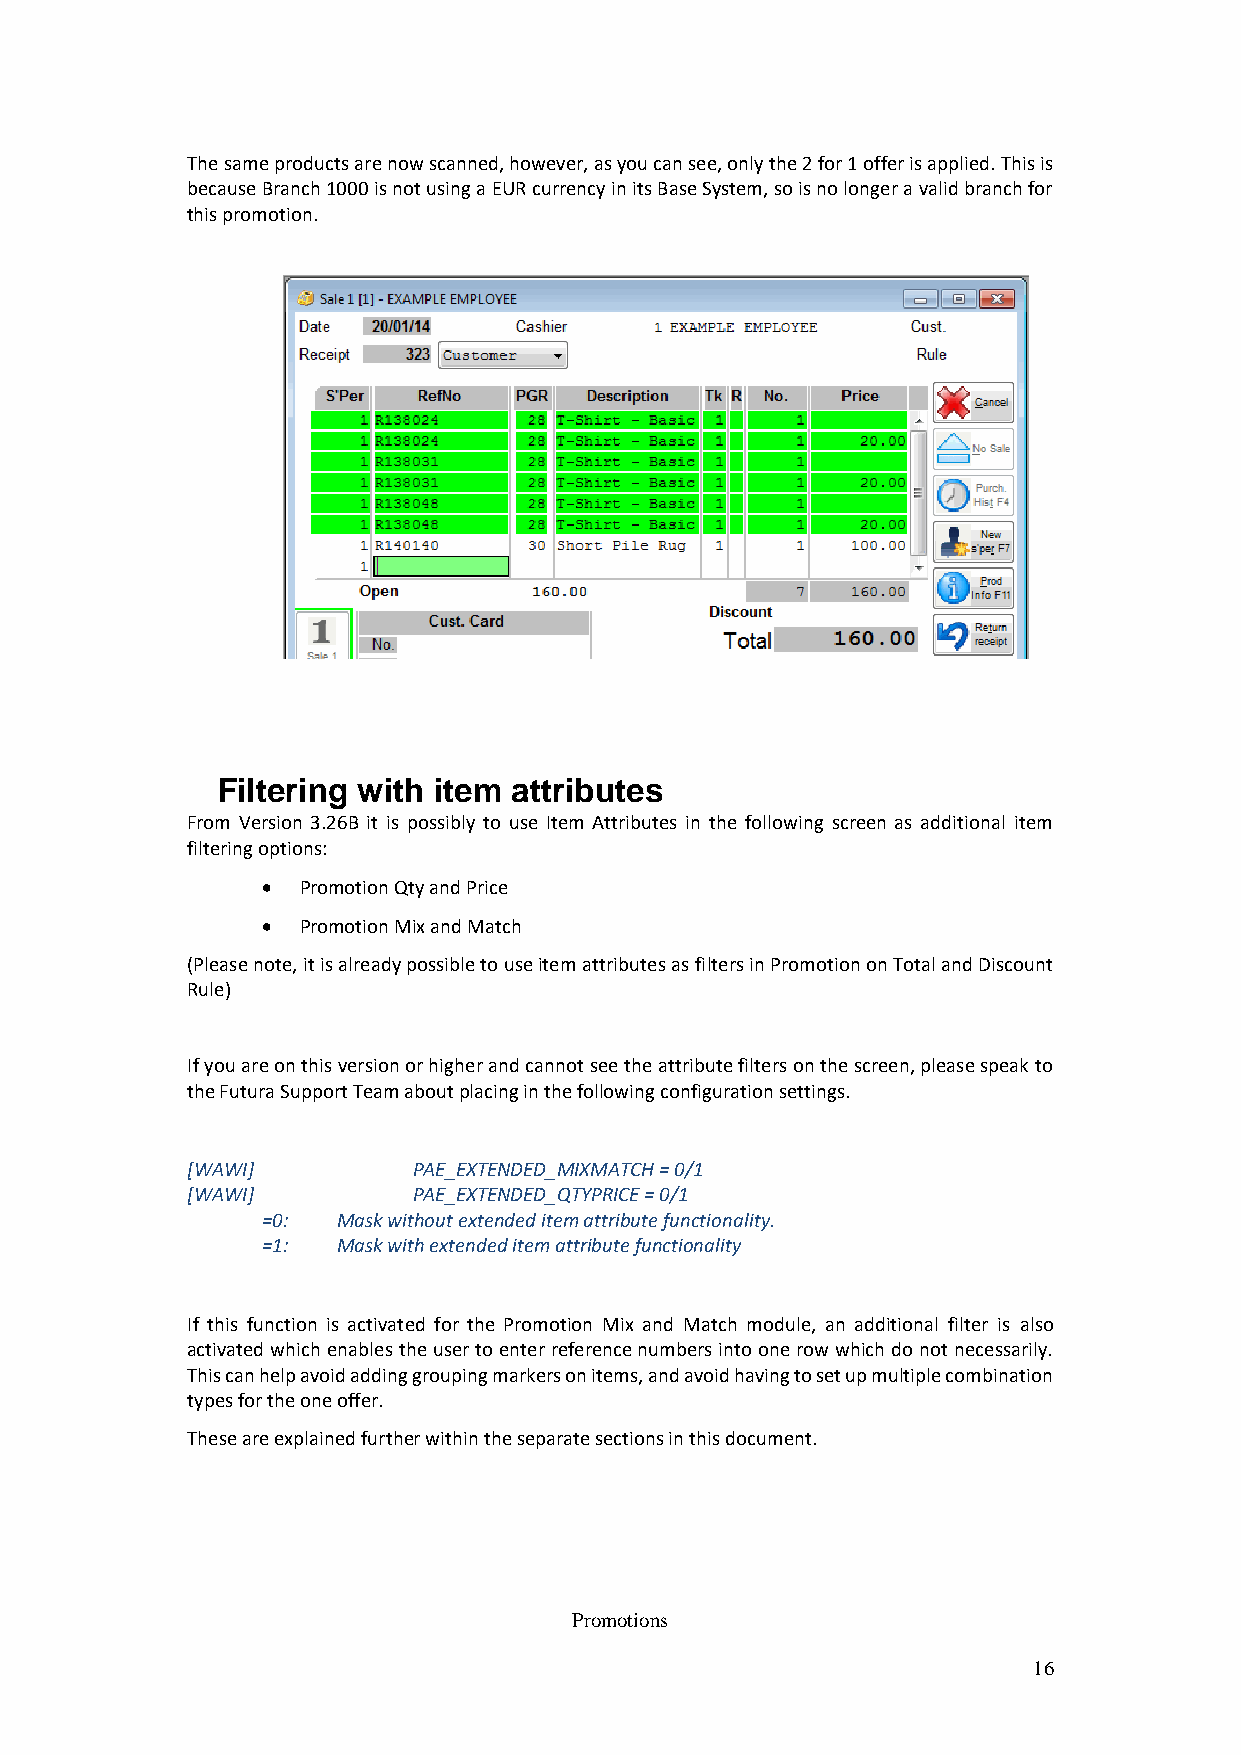
The same products are now scanned, however, as you can see, only the 2 for 1 offer is applied. This is
 because Branch 1000 is not using a EUR currency in its Base System, so is no longer a valid branch for
 this promotion.
 Filtering with item attributes
 From Version 3.26B it is possibly to use Item Attributes in the following screen as additional item
 filtering options:
   Promotion Qty and Price
   Promotion Mix and Match
 (Please note, it is already possible to use item attributes as filters in Promotion on Total and Discount
 Rule)
 If you are on this version or higher and cannot see the attribute filters on the screen, please speak to
 the Futura Support Team about placing in the following configuration settings.
 [WAWI]         PAE_EXTENDED_MIXMATCH = 0/1
 [WAWI]         PAE_EXTENDED_QTYPRICE = 0/1
 =0:  Mask without extended item attribute functionality.
 =1:  Mask with extended item attribute functionality
 If this function is activated for the Promotion Mix and Match module, an additional filter is also
 activated which enables the user to enter reference numbers into one row which do not necessarily.
 This can help avoid adding grouping markers on items, and avoid having to set up multiple combination
 types for the one offer.
 These are explained further within the separate sections in this document.
 Promotions
 16